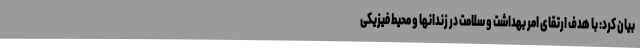
بیان کرد: با هدف ارتقای امر بهداشت و سلامت در زندانها و محیط فیزیکی